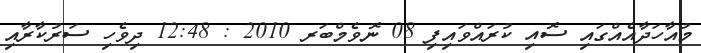
މުއާހަދާއެއްގައި ސޮއި ކުރައްވައިފި 08 ނޮވެމްބަރ 2010 : 12:48 ދިވެހި ސަރުކާރާއި